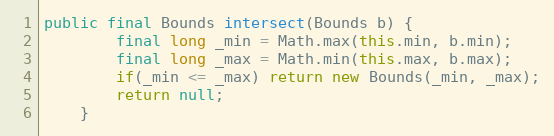
Language: Java
public final Bounds intersect(Bounds b) {
		final long _min = Math.max(this.min, b.min);
		final long _max = Math.min(this.max, b.max);
		if(_min <= _max) return new Bounds(_min, _max);
		return null;
	}